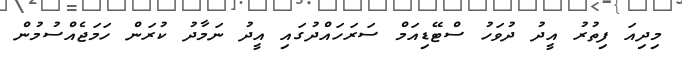
މިދިއަ ފިތުރު އީދު ދުވަހު ސްޓޭޑިއަމް ސަރަހައްދުގައި އީދު ނަމާދު ކުރަން ހަމަޖެއްސުމުން